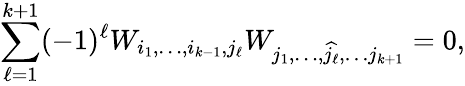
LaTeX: \sum_{\ell=1}^{k+1}(-1)^{\ell}W_{i_{1},\dots,i_{k-1},j_{\ell}}W_{j_{1},\dots,{\widehat{j_{\ell}}},\dots j_{k+1}}=0,